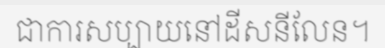
ជាការសប្បាយនៅដីសនីលែន។